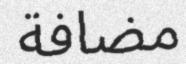
مضافة